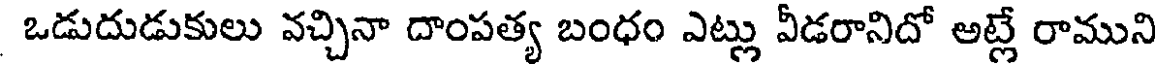
ఒడుదుడుకులు వచ్చినా దాంపత్య బంధం ఎట్లు వీడరానిదో అట్లే రాముని